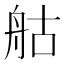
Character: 䑩